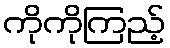
ကိုကိုကြည့်